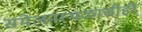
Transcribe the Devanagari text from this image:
संमेलनस्थळाचीही